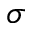
\sigma